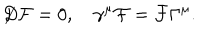
LaTeX: { \not D } { \cal F } = 0 , ~ \gamma ^ { \mu } { \cal F } = { \cal F } \Gamma ^ { \mu } .